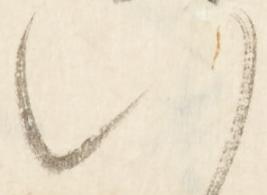
い